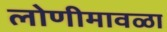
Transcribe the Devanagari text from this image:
लोणीमावळा